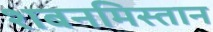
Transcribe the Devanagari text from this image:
शबनमिस्तान